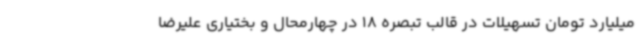
میلیارد تومان تسهیلات در قالب تبصره 18 در چهارمحال و بختیاری علیرضا